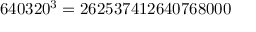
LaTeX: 6 4 0 3 2 0 ^ { 3 } = 2 6 2 5 3 7 4 1 2 6 4 0 7 6 8 0 0 0